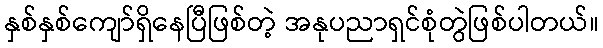
နှစ်နှစ်ကျော်ရှိနေပြီဖြစ်တဲ့ အနုပညာရှင်စုံတွဲဖြစ်ပါတယ်။